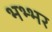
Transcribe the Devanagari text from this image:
भभ्भर